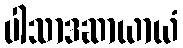
ပါသာဒဆာယာယံ